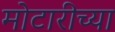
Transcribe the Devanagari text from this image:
मोटारीच्या